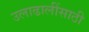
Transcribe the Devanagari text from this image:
उलाढालींसाठी